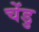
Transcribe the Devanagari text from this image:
चेंडु